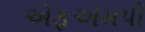
ઍફઍમપી